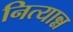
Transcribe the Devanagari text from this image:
नित्यान्न